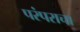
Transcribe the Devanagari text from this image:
परंपराचा